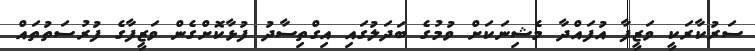
ސަރުކާރަކީ ވަޒީފާ އުފައްދާ މެޝިނަކަށް ވުމުގެ ބަދަލުގައި އިގްތިސާދު ފުޅާކޮށްގެން ވަޒީފާގެ ފުރުސަތުތައް